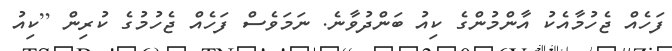
ފަހެއް ޖެހުމާއެކު އާންމުންގެ ކިއު ބަންދުވާނެ. ނަމަވެސް ފަހެއް ޖެހުމުގެ ކުރިން [ކިއު